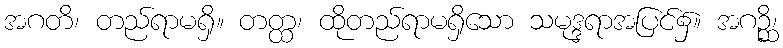
အဂတိ၊ တည်ရာမရှိ။ တတ္ထ၊ ထိုတည်ရာမရှိသော သမုဒ္ဒရာအပြင်၌။ အဂဉ္ဆိ၊